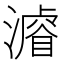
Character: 𣿼